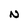
Character: N